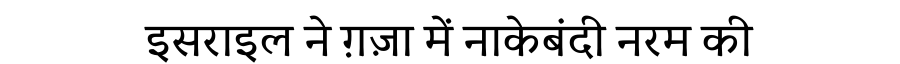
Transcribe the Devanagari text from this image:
इसराइल ने ग़ज़ा में नाकेबंदी नरम की